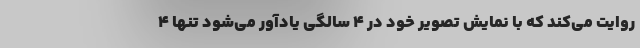
روایت می‌کند که با نمایش تصویر خود در 4 سالگی یادآور می‌شود تنها 4